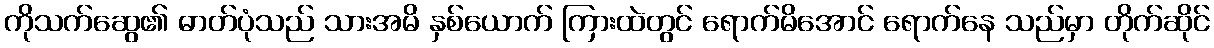
ကိုသက်ဆွေ၏ ဓာတ်ပုံသည် သားအမိ နှစ်ယောက် ကြားထဲတွင် ရောက်မိအောင် ရောက်နေ သည်မှာ တိုက်ဆိုင်